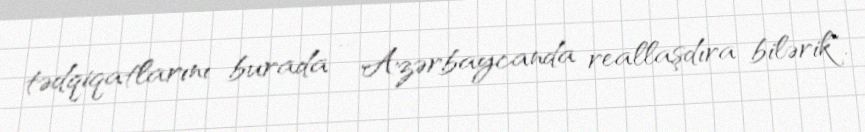
tədqiqatlarını burada - Azərbaycanda reallaşdıra bilərik".